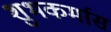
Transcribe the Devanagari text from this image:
शुभकर्मास